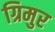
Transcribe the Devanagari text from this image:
ग्रिमुर